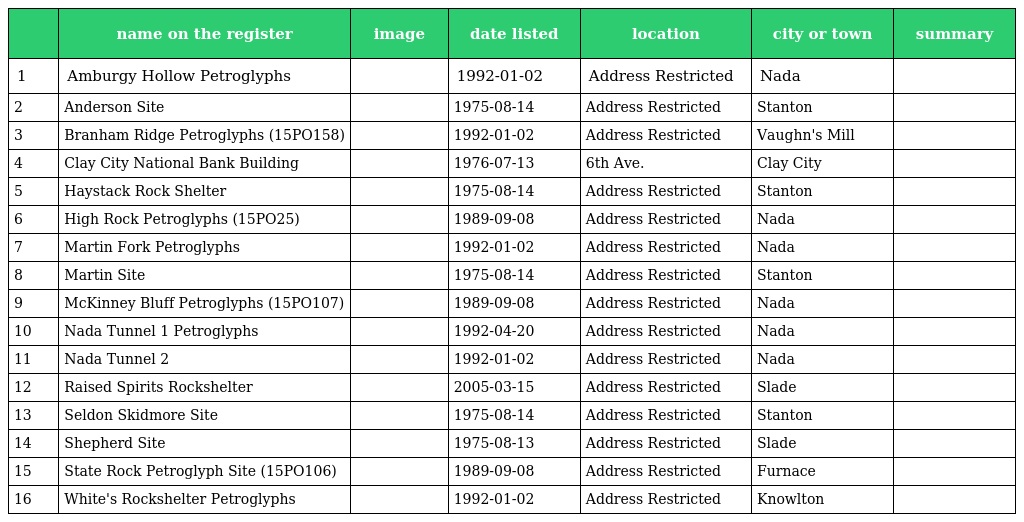
|  | name on the register | image | date listed | location | city or town | summary |
 | --- | --- | --- | --- | --- | --- | --- |
 | 1 | Amburgy Hollow Petroglyphs |  | 1992-01-02 | Address Restricted | Nada |  |
 | 2 | Anderson Site |  | 1975-08-14 | Address Restricted | Stanton |  |
 | 3 | Branham Ridge Petroglyphs (15PO158) |  | 1992-01-02 | Address Restricted | Vaughn's Mill |  |
 | 4 | Clay City National Bank Building |  | 1976-07-13 | 6th Ave. | Clay City |  |
 | 5 | Haystack Rock Shelter |  | 1975-08-14 | Address Restricted | Stanton |  |
 | 6 | High Rock Petroglyphs (15PO25) |  | 1989-09-08 | Address Restricted | Nada |  |
 | 7 | Martin Fork Petroglyphs |  | 1992-01-02 | Address Restricted | Nada |  |
 | 8 | Martin Site |  | 1975-08-14 | Address Restricted | Stanton |  |
 | 9 | McKinney Bluff Petroglyphs (15PO107) |  | 1989-09-08 | Address Restricted | Nada |  |
 | 10 | Nada Tunnel 1 Petroglyphs |  | 1992-04-20 | Address Restricted | Nada |  |
 | 11 | Nada Tunnel 2 |  | 1992-01-02 | Address Restricted | Nada |  |
 | 12 | Raised Spirits Rockshelter |  | 2005-03-15 | Address Restricted | Slade |  |
 | 13 | Seldon Skidmore Site |  | 1975-08-14 | Address Restricted | Stanton |  |
 | 14 | Shepherd Site |  | 1975-08-13 | Address Restricted | Slade |  |
 | 15 | State Rock Petroglyph Site (15PO106) |  | 1989-09-08 | Address Restricted | Furnace |  |
 | 16 | White's Rockshelter Petroglyphs |  | 1992-01-02 | Address Restricted | Knowlton |  |